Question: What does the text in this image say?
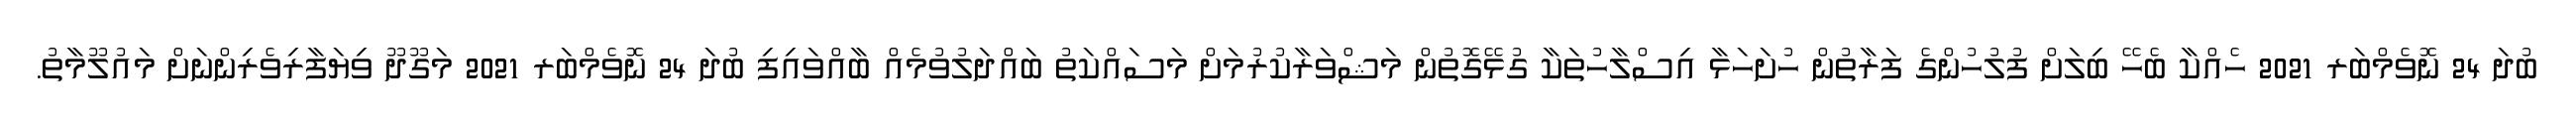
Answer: ބުދަ 24 ނޮވެމްބަރ 2021 ހެއްކާ ބެހޭ ބިލަށް ފުލުހުންގެ ފަރާތުން ހުށަހަޅާ އިސްލާހުތަކާ ގުޅޭގޮތުން މަޝްވަރާކުރުމަށް މަސައްކަތު ބައްދަލުވުމެއް ބާއްވައިފި ބުދަ 24 ނޮވެމްބަރ 2021 މަގޫދޫ ވިޔަފާރިވެރިންނަށް މައުލޫމާތު.